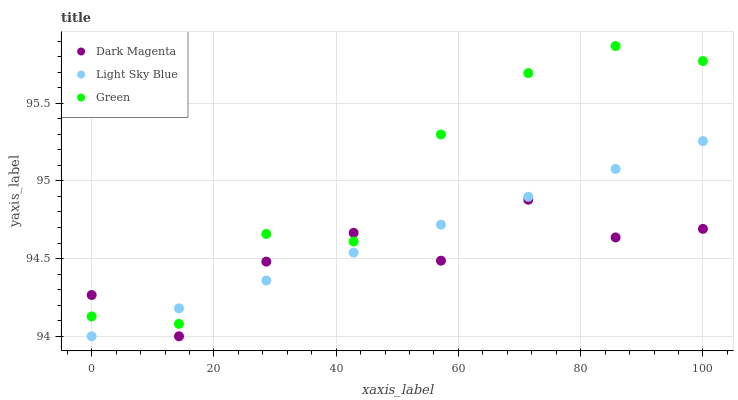
| xaxis_label | Dark Magenta | Light Sky Blue | Green |
 | --- | --- | --- | --- |
 | 0 | 94.3 | 94 | 94.1 |
 | 14.3 | 94 | 94.2 | 94.1 |
 | 28.6 | 94.5 | 94.4 | 94.7 |
 | 42.9 | 94.7 | 94.5 | 94.6 |
 | 57.1 | 94.5 | 94.7 | 95.3 |
 | 71.4 | 94.9 | 94.9 | 95.7 |
 | 85.7 | 94.6 | 95.1 | 95.9 |
 | 100 | 94.7 | 95.3 | 95.8 |